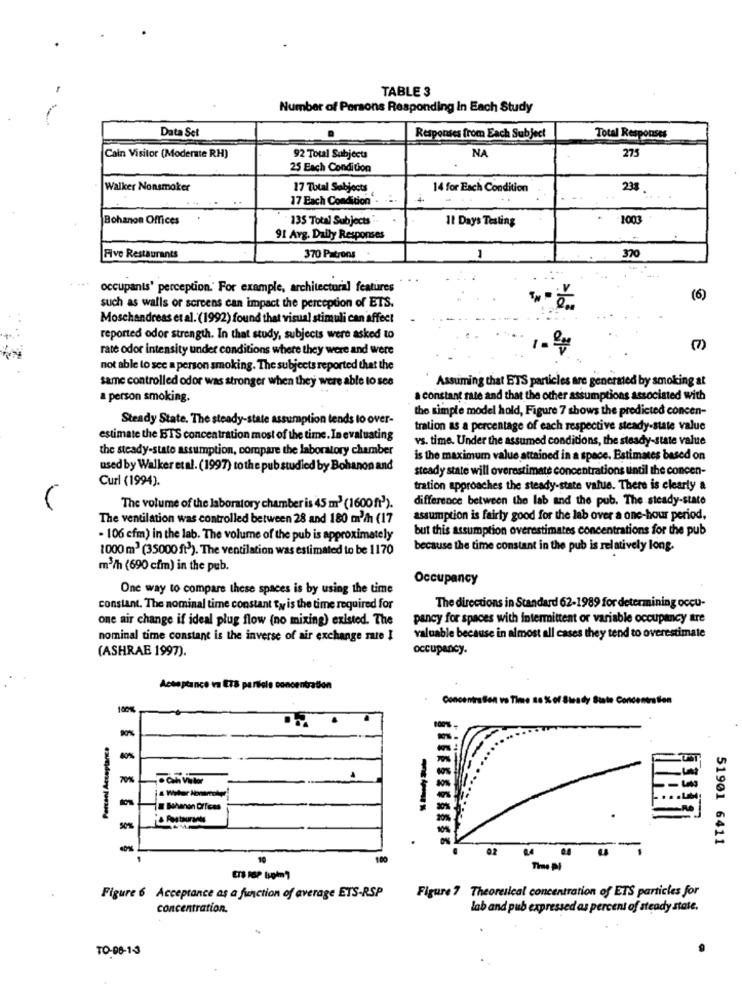
TABLE 3
Number of Persons Responding in Each Study
Data Set
Responses from Each Subject
Total Responses
NA
275
Cain Visitor (Moderate RH)
92 Total Subjects
25 Each Condition
Walker Nonsmoker
17 Total Sobjects
14 for Each Condition
238
17 Each Condition
Bohanon Offices
135 Total Subjects
Il Days Testing
1003
91 Arg. Daily Responses
Five Restaurants
370 Patrons
1
370
occupants' perception.' For example, architectural features
(6)
such as walls or screens can impact the perception of ETS.
Moschandreas et al. (1992) found that visual stimuli can affect
reported odor strength. In that study, subjects were asked to
rate odor intensity under conditions where they were and were
1- 2g
(7)
not able to see a person smoking. The subjects reported that the
same controlled odor was stronger when they were able to 508
Assuming that ETS particles are generated by smoking at
a person smoking.
a constant rate and that the other assumptions associated with
the simple model hold, Figure 7 shows the predicted concen-
Steady State. The steady-state assumption tends to over-
tration as a percentage of each respective steady-state value
estimate the BTS concentration most of the time. In evaluating
vs. time. Under the assumed conditions, the steady-state value
the steady-state assumption, compare the laboratory chamber
is the maximum value attained in a space. Estimates based on
used by Walker etal. (1997) to the pub studied by Bohanon and
steady state will overestimate concentrations until the concen-
Curl (1994).
tration approaches the steady-state value. There is clearly a
difference between the lab and the pub. The steady-state
The volume of the laboratory chamber is 45 m3 (1600 ft').
The ventilation was controlled between 28 and 180 m3/h (17
assumption is fairly good for the lab over a one-hour period,
but this assumption overestimates concentrations for the pub
- 106 cfm) in the lab. The volume of the pub is approximately
1000 m3 (35000 ft)). The ventilation was estimated to be 1170
because the time constant in the pub is relatively long.
m3/h (690 cfm) in the pub.
Occupancy
One way to compare these spaces is by using the time
constant. The nominal time constant ty is the time required for
The directions in Standard 62-1989 for determining occu-
one air change if ideal plug flow (no mixing) existed. The
pancy for spaces with intermittent or variable occupancy atre
nominal time constant is the inverse of air exchange mie I
valuable because in almost all cases they tend to overestimate
occupancy.
(ASHRAE 1997).
Acceptance va ETS particle concentration
Concentra Son vo Time to % of Steady State Concentration
.. .
Percani Acceptance
--
70%
7 Bohanon Orfces
--
-
51901 6411
02
10
100
The Ni
Figure 7 Theoretical concentration of ETS particles for
Figure 6 Acceptance as a function of average ETS-RSP
concentration.
lab and pub expressed as percent of steady state.
TO-06-13